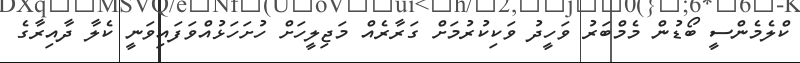
ކްލެމެންސީ ބޯޑުން މެމްބަރު ވަހީދު ވަކިކުރުމަށް ގަރާރެއް މަޖިލީހަށް ހުށަހަޅުއްވަފައިވަނީ ކެލާ ދާއިރާގެ